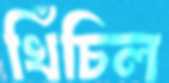
খিঁচিল